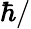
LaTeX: \hbar/